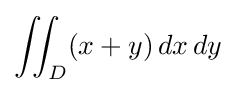
\iint _{D}(x+y)\,dx\,dy